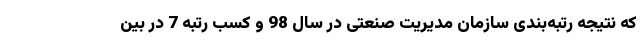
که نتیجه رتبه‌بندی سازمان مدیریت صنعتی در سال 98 و کسب رتبه 7 در بین